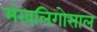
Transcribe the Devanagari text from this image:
मंखलिगोसाल